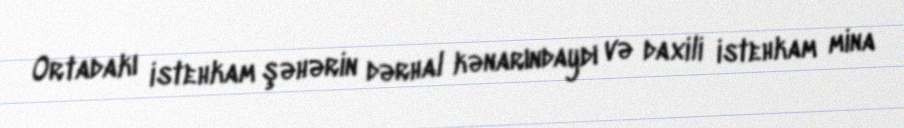
Ortadakı istehkam şəhərin dərhal kənarındaydı və daxili istehkam mina